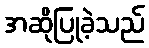
အဆိုပြုခဲ့သည်